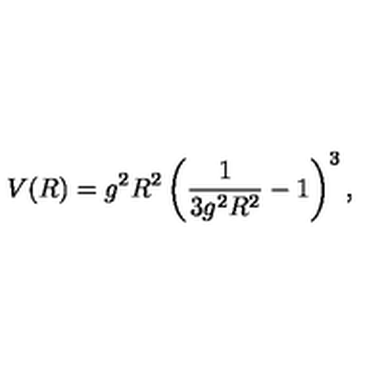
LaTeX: V ( R ) = g ^ { 2 } R ^ { 2 } \left( \frac { 1 } { 3 g ^ { 2 } R ^ { 2 } } - 1 \right) ^ { 3 } ,